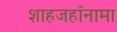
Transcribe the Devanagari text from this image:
शाहजहाँनामा